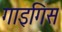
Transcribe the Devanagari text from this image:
गाइगिस